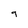
Character: 9